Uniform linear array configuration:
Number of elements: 32
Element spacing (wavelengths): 1
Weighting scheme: kaiser
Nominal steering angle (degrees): -45
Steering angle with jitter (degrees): -46.662
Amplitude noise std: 0.05
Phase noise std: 0.05

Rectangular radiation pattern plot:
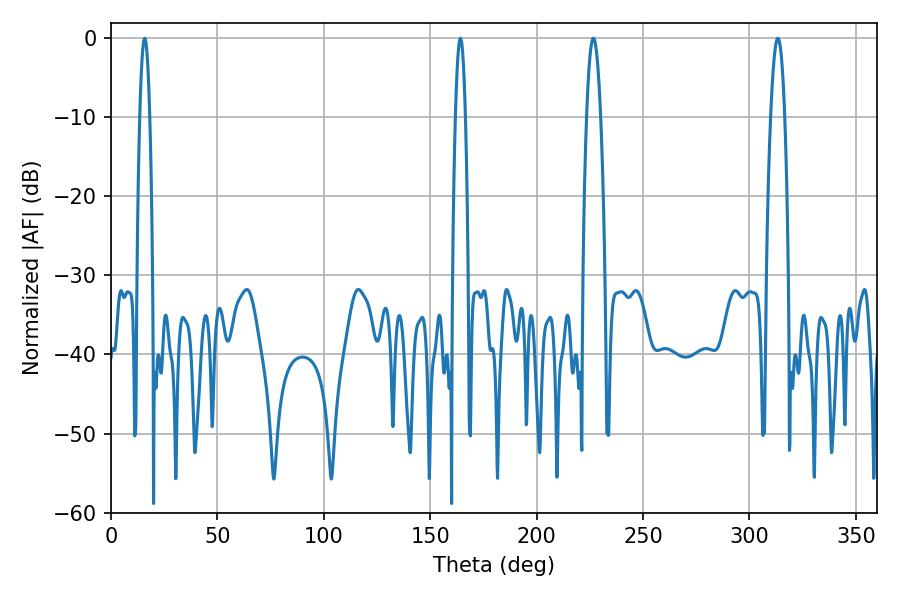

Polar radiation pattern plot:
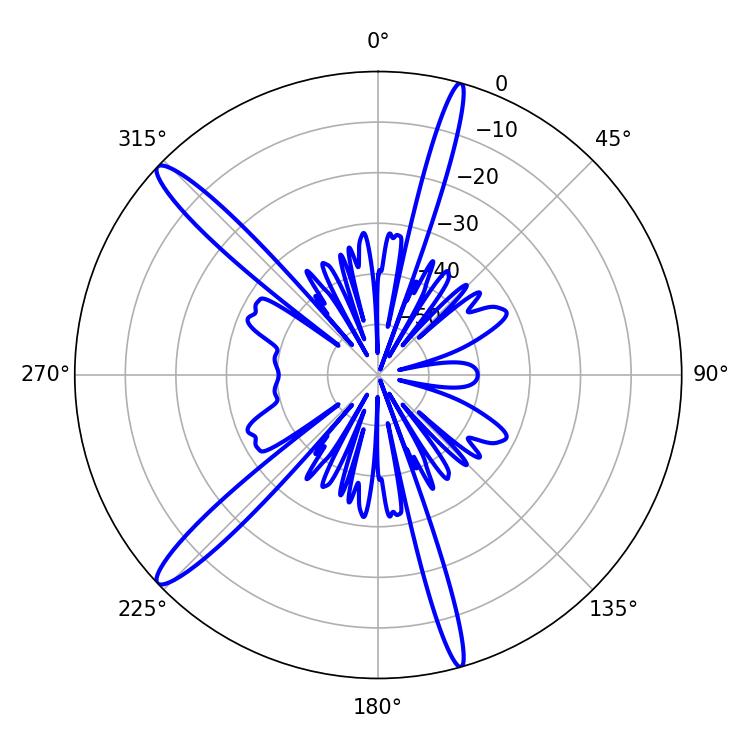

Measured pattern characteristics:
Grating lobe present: TRUE
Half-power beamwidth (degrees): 2.52
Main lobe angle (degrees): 164.16